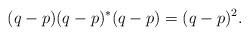
LaTeX: \begin{align*}(q-p)(q-p)^*(q-p)=(q-p)^2.\end{align*}